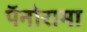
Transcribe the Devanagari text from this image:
पॅनोरामा